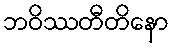
ဘဝိဿတီတိနော